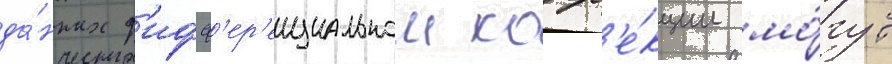
да́нных д'ифф'ер'енциальнои корр'е́кции мо́гут